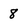
Character: 8